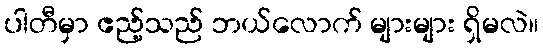
ပါတီမှာ ဧည့်သည် ဘယ်လောက် များများ ရှိမလဲ။